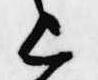
上